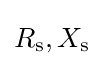
R_{\text{s}},X_{\text{s}}